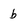
Character: b